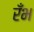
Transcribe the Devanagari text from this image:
रँभ